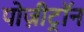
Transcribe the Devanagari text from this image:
पोज़ीट्रॉन